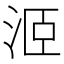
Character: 洍